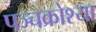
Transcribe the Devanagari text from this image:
पञ्चक्रोश्या